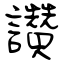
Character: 讚